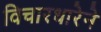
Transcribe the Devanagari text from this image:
विचारधारेने